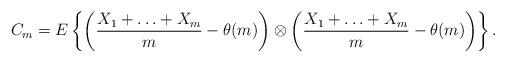
LaTeX: \begin{align*}C_{m} = E\left\{\left(\frac{X_{1} + \ldots + X_{m}}{m} - \theta (m)\right)\otimes\left(\frac{X_{1} + \ldots + X_{m}}{m} - \theta (m)\right)\right\}. \end{align*}